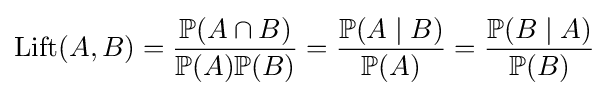
\mathrm {Lift} (A,B)={\frac {\mathbb {P} (A\cap B)}{\mathbb {P} (A)\mathbb {P} (B)}}={\frac {\mathbb {P} (A\mid B)}{\mathbb {P} (A)}}={\frac {\mathbb {P} (B\mid A)}{\mathbb {P} (B)}}